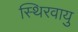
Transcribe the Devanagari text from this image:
स्थिरवायु